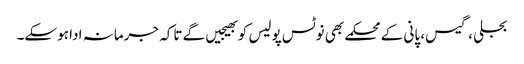
بجلی ، گیس، پانی کے محکمے بھی نوٹس پولیس کو بھیجیں گے تاکہ جرمانہ ادا ہوسکے۔